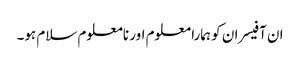
ان آفیسران کو ہمارا معلوم اور نامعلوم سلام ہو۔